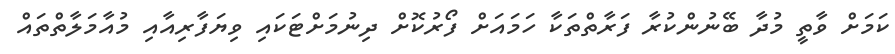
ކަމަށް ވާތީ މުދާ ބޭނުންކުރާ ފަރާތްތަކާ ހަމައަށް ފޯރުކޮށް ދިނުމަށްޓަކައި ވިޔަފާރިއާއި މުއާމަލާތްތައް